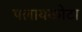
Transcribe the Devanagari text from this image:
पलायकोटा